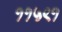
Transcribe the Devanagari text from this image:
११५९१